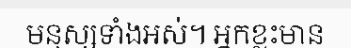
មនុស្សទាំងអស់។ អ្នកខ្លះមាន